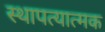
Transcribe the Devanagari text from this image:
स्थापत्यात्मक